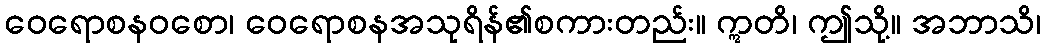
ဝေရောစနဝစော၊ ဝေရောစနအသုရိန်၏စကားတည်း။ ဣတိ၊ ဤသို့။ အဘာသိ၊